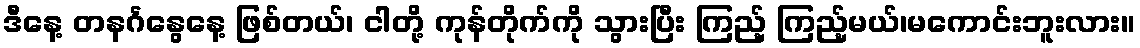
ဒီနေ့ တနင်္ဂနွေနေ့ ဖြစ်တယ်၊ ငါတို့ ကုန်တိုက်ကို သွားပြီး ကြည့် ကြည့်မယ်၊မကောင်းဘူးလား။